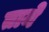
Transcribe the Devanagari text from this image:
तामे